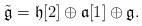
LaTeX: \begin{align*}\tilde{\mathfrak{g}} = \mathfrak{h}[2] \oplus \mathfrak{a}[1] \oplus \mathfrak{g}.\end{align*}